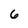
Character: 6